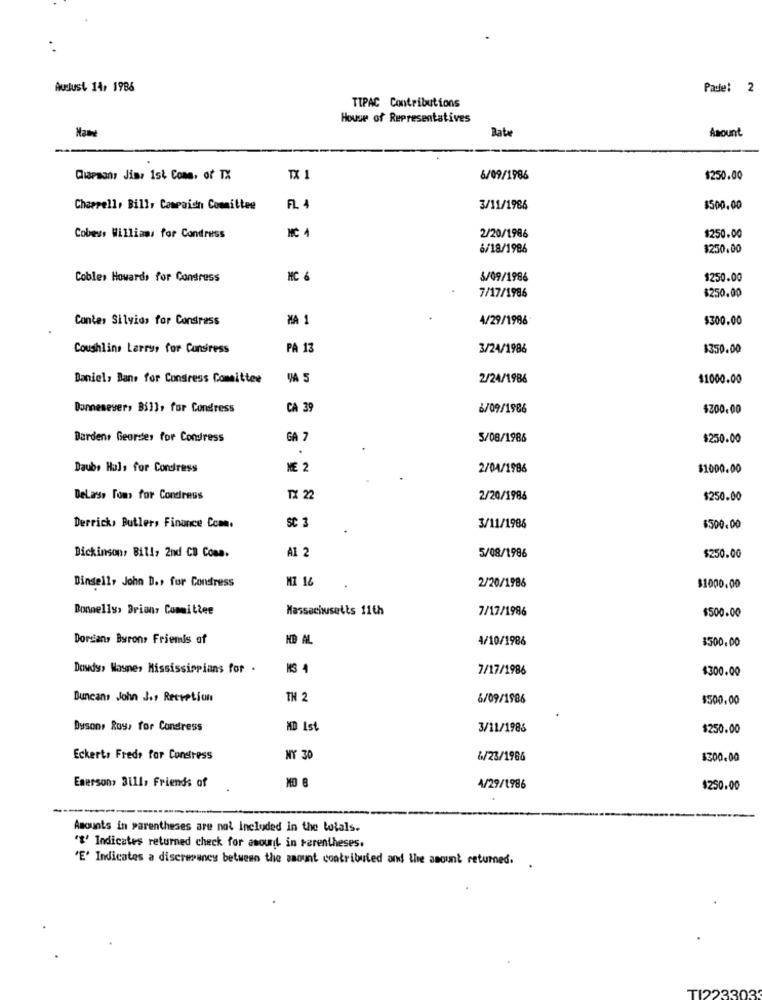
Audust 14, 1986
Pade: 2
TIPAC Contributions
House of Representatives
Bate
Amount
Ciapsony Jis: 1st Cons, of TX
TX 1
6/09/1986
$250.00
Chaprell, Bill, Campoidh Committee
FL. 4
3/11/1986
$500.00
Cobes, Williams for Condress
MC 4
2/20/1986
$250.00
6/18/1986
$250.00
Cobles Howards for Congress
MC 6
5/09/1986
$250.00
7/17/1986
$250.00
Conter Silvids for Consrass
MA 1
4/29/1986
$300.00
Coushlins Larrys for Consiress
PA 13
3/24/1986
$350.00
Daniel, Bans for Congress Committee
VA 5
2/24/1986
$1000.00
Bonnesever, Bill, for Condress
CA 39
6/09/1986
$200.00
Bardens Geordes for Condress
GA
5/08/1986
$250.00
Daube Huls for Cordress
NE 2
2/04/1986
$1000.00
DeLas, Tom for Condress
TX 22
2/20/1986
$250.00
Derrick, Butler, Finance Com.
SC 3
3/11/1986
$500.00
Dickinson, Bill, 2nd CB Cons.
A1 2
5/08/1986
$250.00
Binsell, John D ., for Constress
MI 16
2/20/1986
$1000.00
Bonnelly> Briony Committee
Massachusetts 11th
7/17/1986
$500.00
Dorsans Byrons Friends of
HD AL
4/10/1986
$500.00
Dowdy, Wayne, Mississippians for
7/17/1986
$300.00
Buncans John J.s Reception
H 2
6/09/1986
$500,00
Bysons Roy, for Condress
MD Ist
3/11/1986
$250.00
Eckert, Freds for Constress
NY 30
6/23/1986
$300.00
Emerson, 3111, Friends of
4/29/1986
$250.00
-----
Amounts in parentheses are not Included in the totals.
"$' Indicates returned check for amount in parentheses.
'E' Indicates a discrepanes between the saount contributed and the amount returned.
TI2233